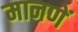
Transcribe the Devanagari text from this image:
मानणें